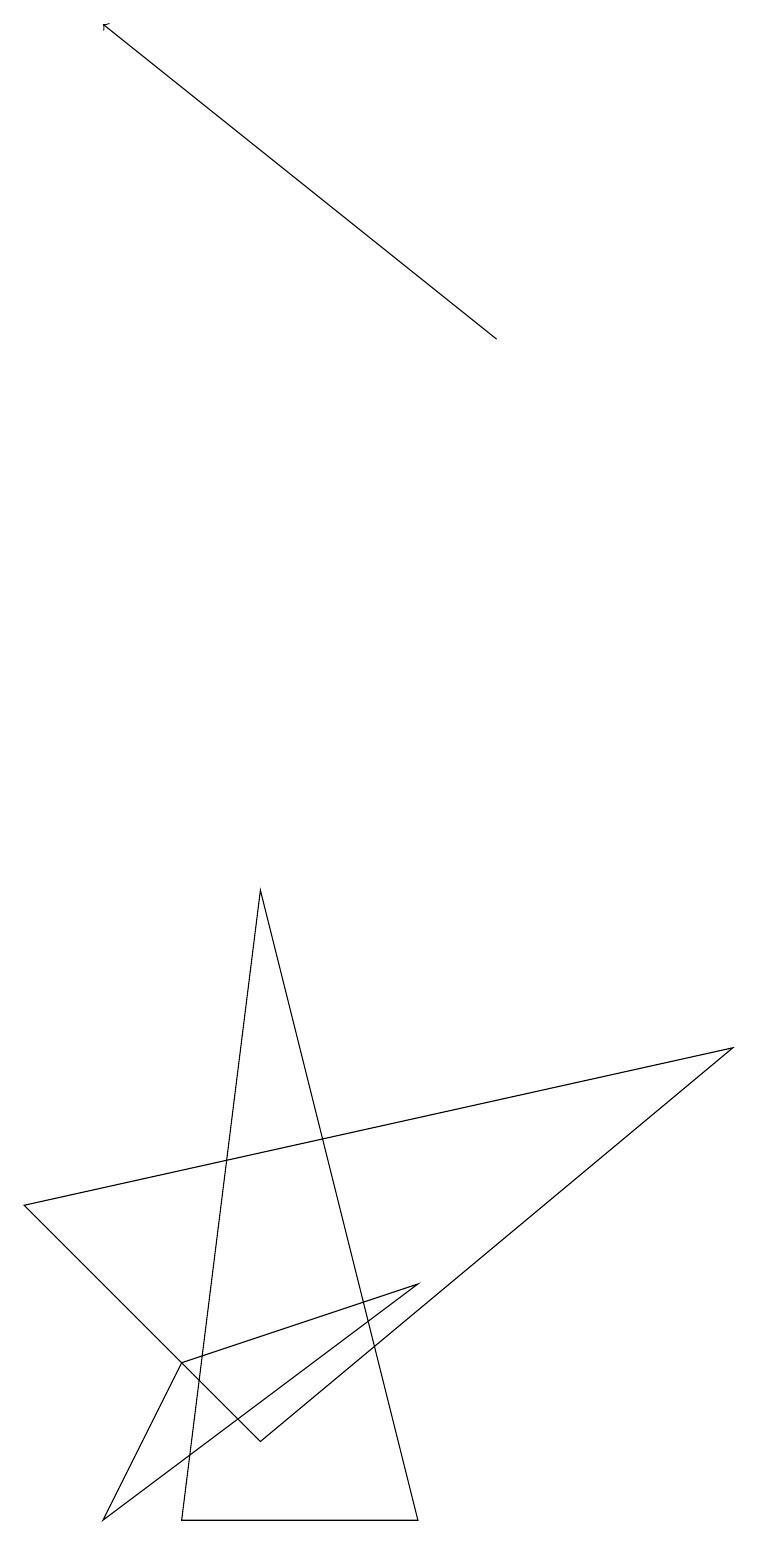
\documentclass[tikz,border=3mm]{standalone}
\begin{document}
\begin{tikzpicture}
\draw (3,8) -- (5,0) -- (2,0) -- cycle;
\draw (0,4) -- (9,6) -- (3,1) -- cycle;
\draw[->] (6,15) -- (1,19);
\draw (1,0) -- (2,2) -- (5,3) -- cycle;
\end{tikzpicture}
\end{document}